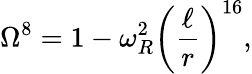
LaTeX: \Omega^{8}=1-\omega_{R}^{2}\left(\frac{\ell}{r}\right)^{16},